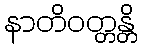
နာတိဝတ္တန္တိ